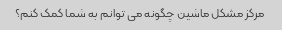
مرکز مشکل ماشین چگونه می توانم به شما کمک کنم؟